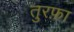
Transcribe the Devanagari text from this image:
तुरफ़ा